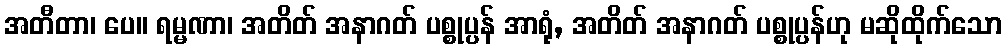
အတီတာ၊ ပေ။ ရမ္မဏာ၊ အတိတ် အနာဂတ် ပစ္စုပ္ပန် အာရုံ, အတိတ် အနာဂတ် ပစ္စုပ္ပန်ဟု မဆိုထိုက်သော